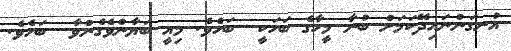
އުނގަންނައިދޭކަމަށް ބުނާ މީހާގެ ބަހަކީ  ބަހެވެ. މިއީ ބަޔާންވެގެންވާ  ބަހެވެ.